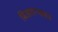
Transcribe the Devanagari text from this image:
बिजागऱ्यासम